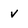
Character: V